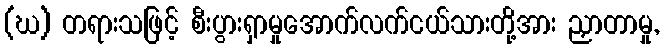
(ဃ) တရားသဖြင့် စီးပွားရှာမှုအောက်လက်ငယ်သားတို့အား ညှာတာမှု,